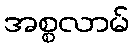
အစ္စလာမ်